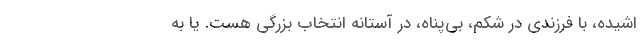
اشيده، با فرزندي در شکم، بي‌پناه، در آستانه انتخاب بزرگي هست. يا به